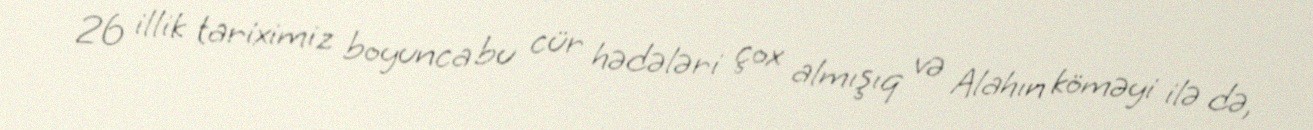
26 illik tariximiz boyunca bu cür hədələri çox almışıq və Alahın köməyi ilə də,